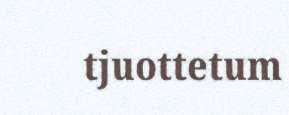
tjuottetum